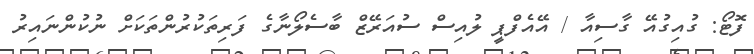
ފޮޓޯ: ގުއިގުއޭ ގާސިއާ / އޭއެފްޕީ ލުއިސް ސުއަރޭޒް ބާސެލޯނާގެ ފަރިތަކުރުންތަކަށް ނުކުންނައިރު